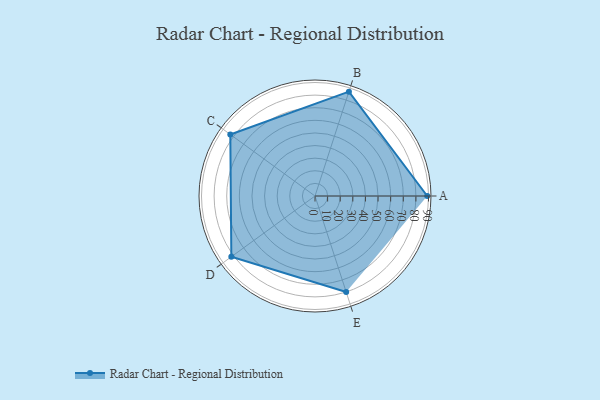
{"axis": {"x": "Skill", "y": "Score"}, "legend": ["Profile"], "data": [{"x": "A", "y": 89.0, "type": "Profile"}, {"x": "B", "y": 87.0, "type": "Profile"}, {"x": "C", "y": 83.0, "type": "Profile"}, {"x": "D", "y": 82.0, "type": "Profile"}, {"x": "E", "y": 80.0, "type": "Profile"}]}